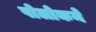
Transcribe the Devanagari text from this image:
पोलोकने